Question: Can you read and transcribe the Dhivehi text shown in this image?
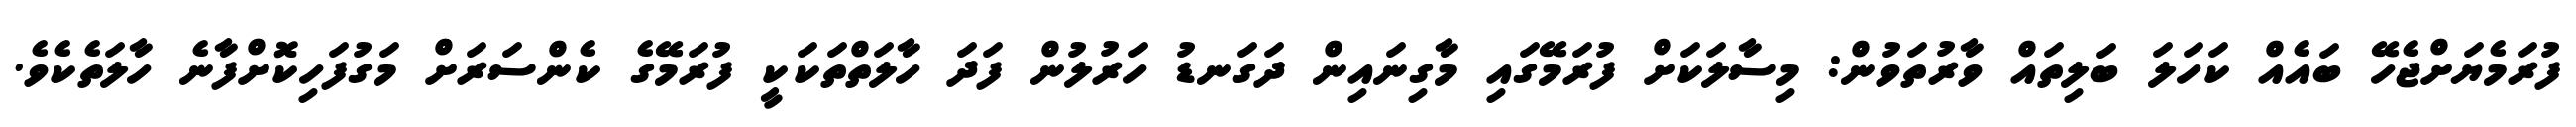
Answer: ފުރަމެޔަށްޖެހޭ ބައެއް ކަހަލަ ބަލިތައް ވާރުތަވުން: މިސާލަކަށް ފުރަމޭގައި މާގިނައިން ދަގަނޑު ހަރުލުން ފަދަ ހާލަތްތަކަކީ ފުރަމޭގެ ކެންސަރަށް މަގުފަހިކޮށްފާނެ ހާލަތެކެވެ.